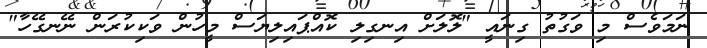
ނަމަވެސް މި ވަގުތު ގިނައީ "ލޮލަށް އިނގިލި ކޮއްޕައިލިޔަސް މީހުން ވަކިކުރަން ނޭނގޭހާ"